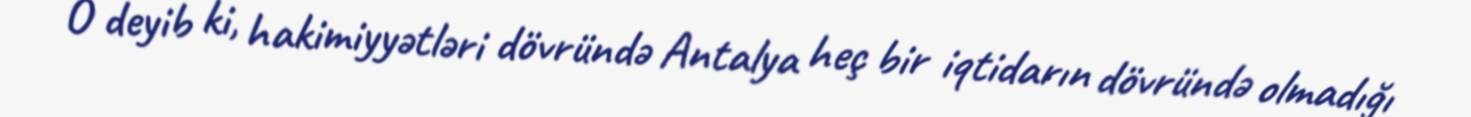
O deyib ki, hakimiyyətləri dövründə Antalya heç bir iqtidarın dövründə olmadığı